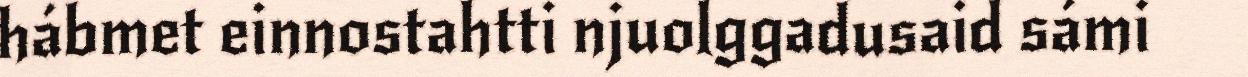
hábmet einnostahtti njuolggadusaid sámi